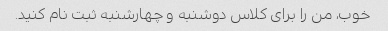
خوب، من را برای کلاس دوشنبه و چهارشنبه ثبت نام کنید.